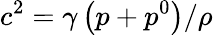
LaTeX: c^{2}=\gamma\left(p+p^{0}\right)/\rho